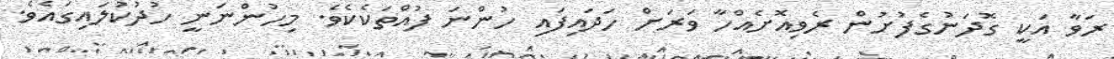
ރަވާ އަކީ ގޮދަނުގެފުށުން ރެވިއޮށެއްހާ ވަރަށް ހަދައިފައި ހުންނަ ފުއްތަކެކެވެ. މިހުންނަނީ ހުދުކުލައިގައެވެ.